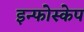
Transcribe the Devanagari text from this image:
इन्फोस्केप